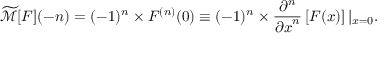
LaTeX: { \widetilde { \mathcal { M } } } [ F ] ( - n ) = ( - 1 ) ^ { n } \times F ^ { ( n ) } ( 0 ) \equiv ( - 1 ) ^ { n } \times { \frac { \partial ^ { n } } { { \partial x } ^ { n } } } \left[ F ( x ) \right] | _ { x = 0 } .